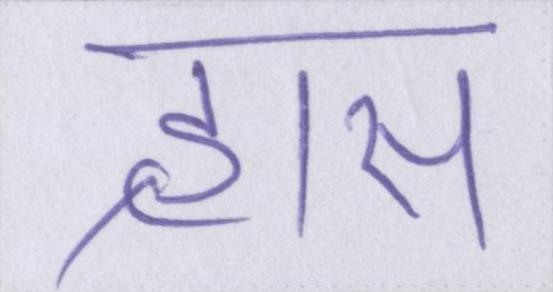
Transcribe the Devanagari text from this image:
ह्रास